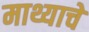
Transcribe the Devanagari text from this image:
माथ्याचे